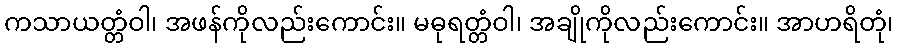
ကသာယတ္တံဝါ၊ အဖန်ကိုလည်းကောင်း။ မဓုရတ္တံဝါ၊ အချိုကိုလည်းကောင်း။ အာဟရိတုံ၊